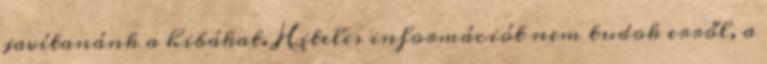
javítanánk a hibákat. Hiteles információt nem tudok erről, a